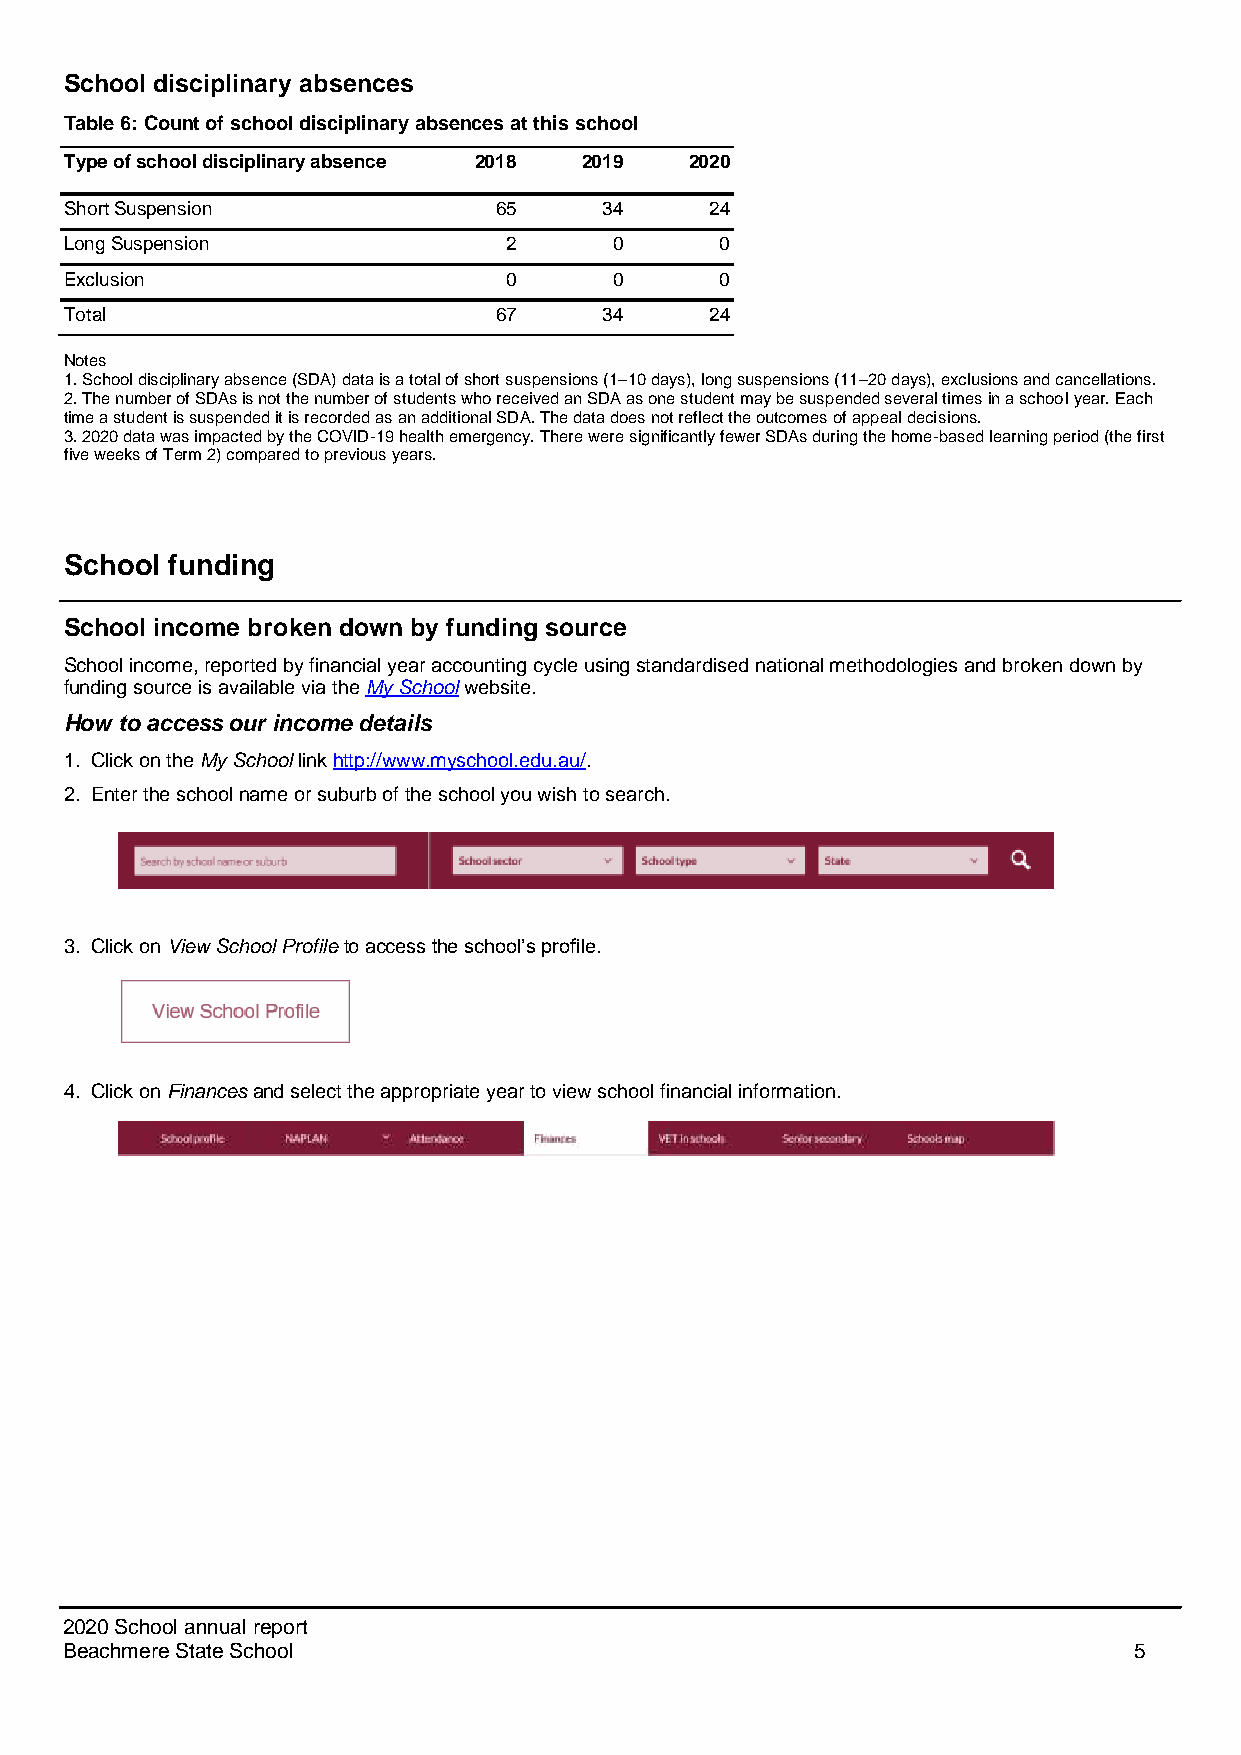
School disciplinary absences
 Table 6: Count of school disciplinary absences at this school
 Type of school disciplinary absence 2018 2019 2020
 Short Suspension             65     34     24
 Long Suspension               2      0      0
 Exclusion                     0      0      0
 Total                        67     34     24
 Notes
 1. School disciplinary absence (SDA) data is a total of short suspensions (1–10 days), long suspensions (11–20 days), exclusions and cancellations.
 2. The number of SDAs is not the number of students who received an SDA as one student may be suspended several times in a school year. Each
 time a student is suspended it is recorded as an additional SDA. The data does not reflect the outcomes of appeal decisions.
 3. 2020 data was impacted by the COVID-19 health emergency. There were significantly fewer SDAs during the home-based learning period (the first
 five weeks of Term 2) compared to previous years.
 School funding
 School income broken down by funding source
 School income, reported by financial year accounting cycle using standardised national methodologies and broken down by
 funding source is available via the My School website.
 How to access our income details
 1. Click on the My School link http://www.myschool.edu.au/.
 2. Enter the school name or suburb of the school you wish to search.
 3. Click on View School Profile to access the school’s profile.
 4. Click on Finances and select the appropriate year to view school financial information.
 2020 School annual report
 Beachmere State School                                                 5